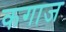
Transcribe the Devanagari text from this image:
कगाज